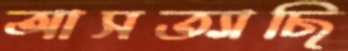
আসত্যাছি